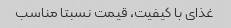
غذای با کیفیت، قیمت نسبتا مناسب